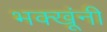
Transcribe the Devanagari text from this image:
भक्खूंनी